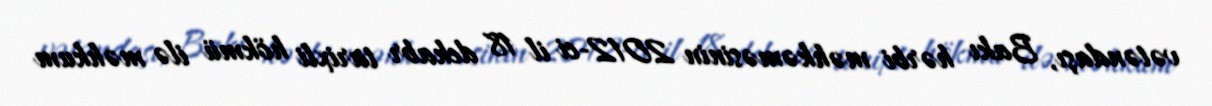
vətəndaşı, Bakı hərbi məhkəməsinin 2012-ci il 18 dekabr tarixli hökmü ilə məhkum